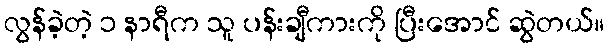
လွန်ခဲ့တဲ့ ၁ နာရီက သူ ပန်းချီကားကို ပြီးအောင် ဆွဲတယ်။